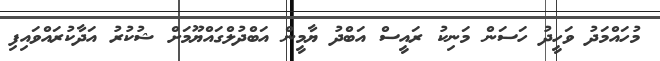
މުހައްމަދު ވަހީދު ހަސަން މަނިކު ރައީސް އަބްދު ޔާމީން އަބްދުލްގައްޔޫމަށް ޝުކުރު އަދާކުރައްވައިފި